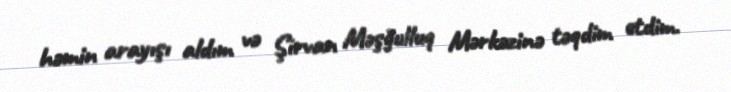
həmin arayışı aldım və Şirvan Məşğulluq Mərkəzinə təqdim etdim.